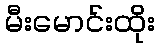
မီးမောင်းထိုး